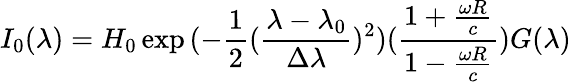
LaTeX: I_{0}(\lambda)=H_{0}\exp{(-\frac{1}{2}(\frac{\lambda-\lambda_{0}}{\Delta\lambda})^{2})(\frac{1+\frac{\omega R}{c}}{1-\frac{\omega R}{c}})}G(\lambda)